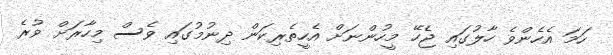
ހަމަ އެހެންވެ ހާލުގައި ޖެހޭ މީހުންނަށް އެހީތެރިކަން ދިނުމުގައި ވެސް މިހާރަށް ވުރެ